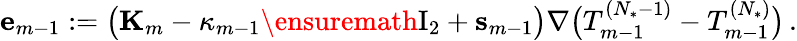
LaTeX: \mathbf{e}_{m-1}:=\bigl(\mathbf{K}_{m}-\kappa_{m-1}\ensuremath{\mathrm{I}_{2}}+\mathbf{s}_{m-1}\bigr)\nabla\bigl(T_{m-1}^{(N_{*}-1)}-T_{m-1}^{(N_{*})}\bigr)\, .